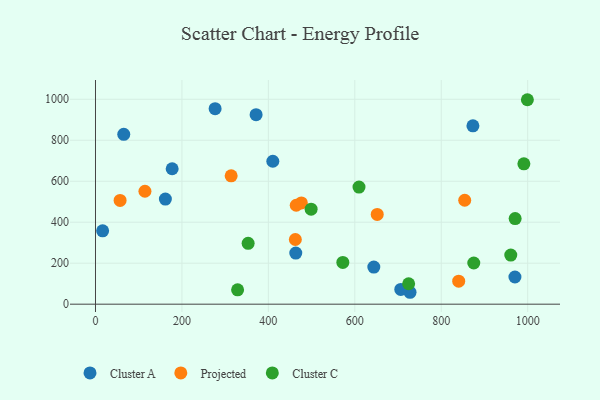
{"axis": {"x": "Ad Spend", "y": "Exam Score"}, "legend": ["Cluster A", "Cluster C", "Projected"], "data": [{"x": "644.0", "y": 180.9, "type": "Cluster A"}, {"x": "727.8", "y": 58.1, "type": "Cluster A"}, {"x": "276.8", "y": 953.9, "type": "Cluster A"}, {"x": "16.5", "y": 357.9, "type": "Cluster A"}, {"x": "371.6", "y": 924.8, "type": "Cluster A"}, {"x": "177.4", "y": 661.0, "type": "Cluster A"}, {"x": "706.4", "y": 71.9, "type": "Cluster A"}, {"x": "463.4", "y": 249.6, "type": "Cluster A"}, {"x": "873.3", "y": 870.6, "type": "Cluster A"}, {"x": "410.3", "y": 697.5, "type": "Cluster A"}, {"x": "65.4", "y": 828.7, "type": "Cluster A"}, {"x": "161.7", "y": 513.1, "type": "Cluster A"}, {"x": "970.5", "y": 132.6, "type": "Cluster A"}, {"x": "313.9", "y": 626.3, "type": "Projected"}, {"x": "114.4", "y": 551.2, "type": "Projected"}, {"x": "476.4", "y": 494.0, "type": "Projected"}, {"x": "651.9", "y": 438.1, "type": "Projected"}, {"x": "56.9", "y": 506.3, "type": "Projected"}, {"x": "840.4", "y": 112.1, "type": "Projected"}, {"x": "854.3", "y": 507.3, "type": "Projected"}, {"x": "464.5", "y": 482.7, "type": "Projected"}, {"x": "462.4", "y": 315.7, "type": "Projected"}, {"x": "875.3", "y": 201.0, "type": "Cluster C"}, {"x": "498.9", "y": 463.5, "type": "Cluster C"}, {"x": "609.7", "y": 571.3, "type": "Cluster C"}, {"x": "328.8", "y": 70.2, "type": "Cluster C"}, {"x": "572.3", "y": 203.7, "type": "Cluster C"}, {"x": "353.2", "y": 297.2, "type": "Cluster C"}, {"x": "991.2", "y": 685.2, "type": "Cluster C"}, {"x": "999.3", "y": 997.8, "type": "Cluster C"}, {"x": "724.6", "y": 99.8, "type": "Cluster C"}, {"x": "960.9", "y": 239.7, "type": "Cluster C"}, {"x": "971.0", "y": 417.6, "type": "Cluster C"}]}